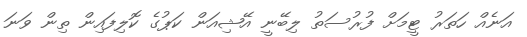
އަނެއް ހަތަރު ޓީމަށް ފުރުސަތު ލިބޭނީ އޭޝިއަން ކަޕުގެ ކޮލިފައިން ތިން ވަނަ